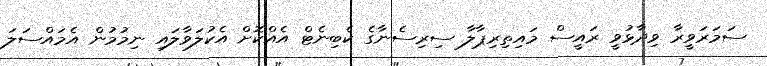
ސަމަރަވީރާ ވިދާޅުވީ ރައީސް މައިތިރިޕާލާ ސިރިސެނާގެ ކެބިނެޓް އެއްކޮށް އެކުލަވާލައި ނިމުމުން އެމައްސަލަ